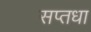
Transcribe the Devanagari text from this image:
सप्तधा